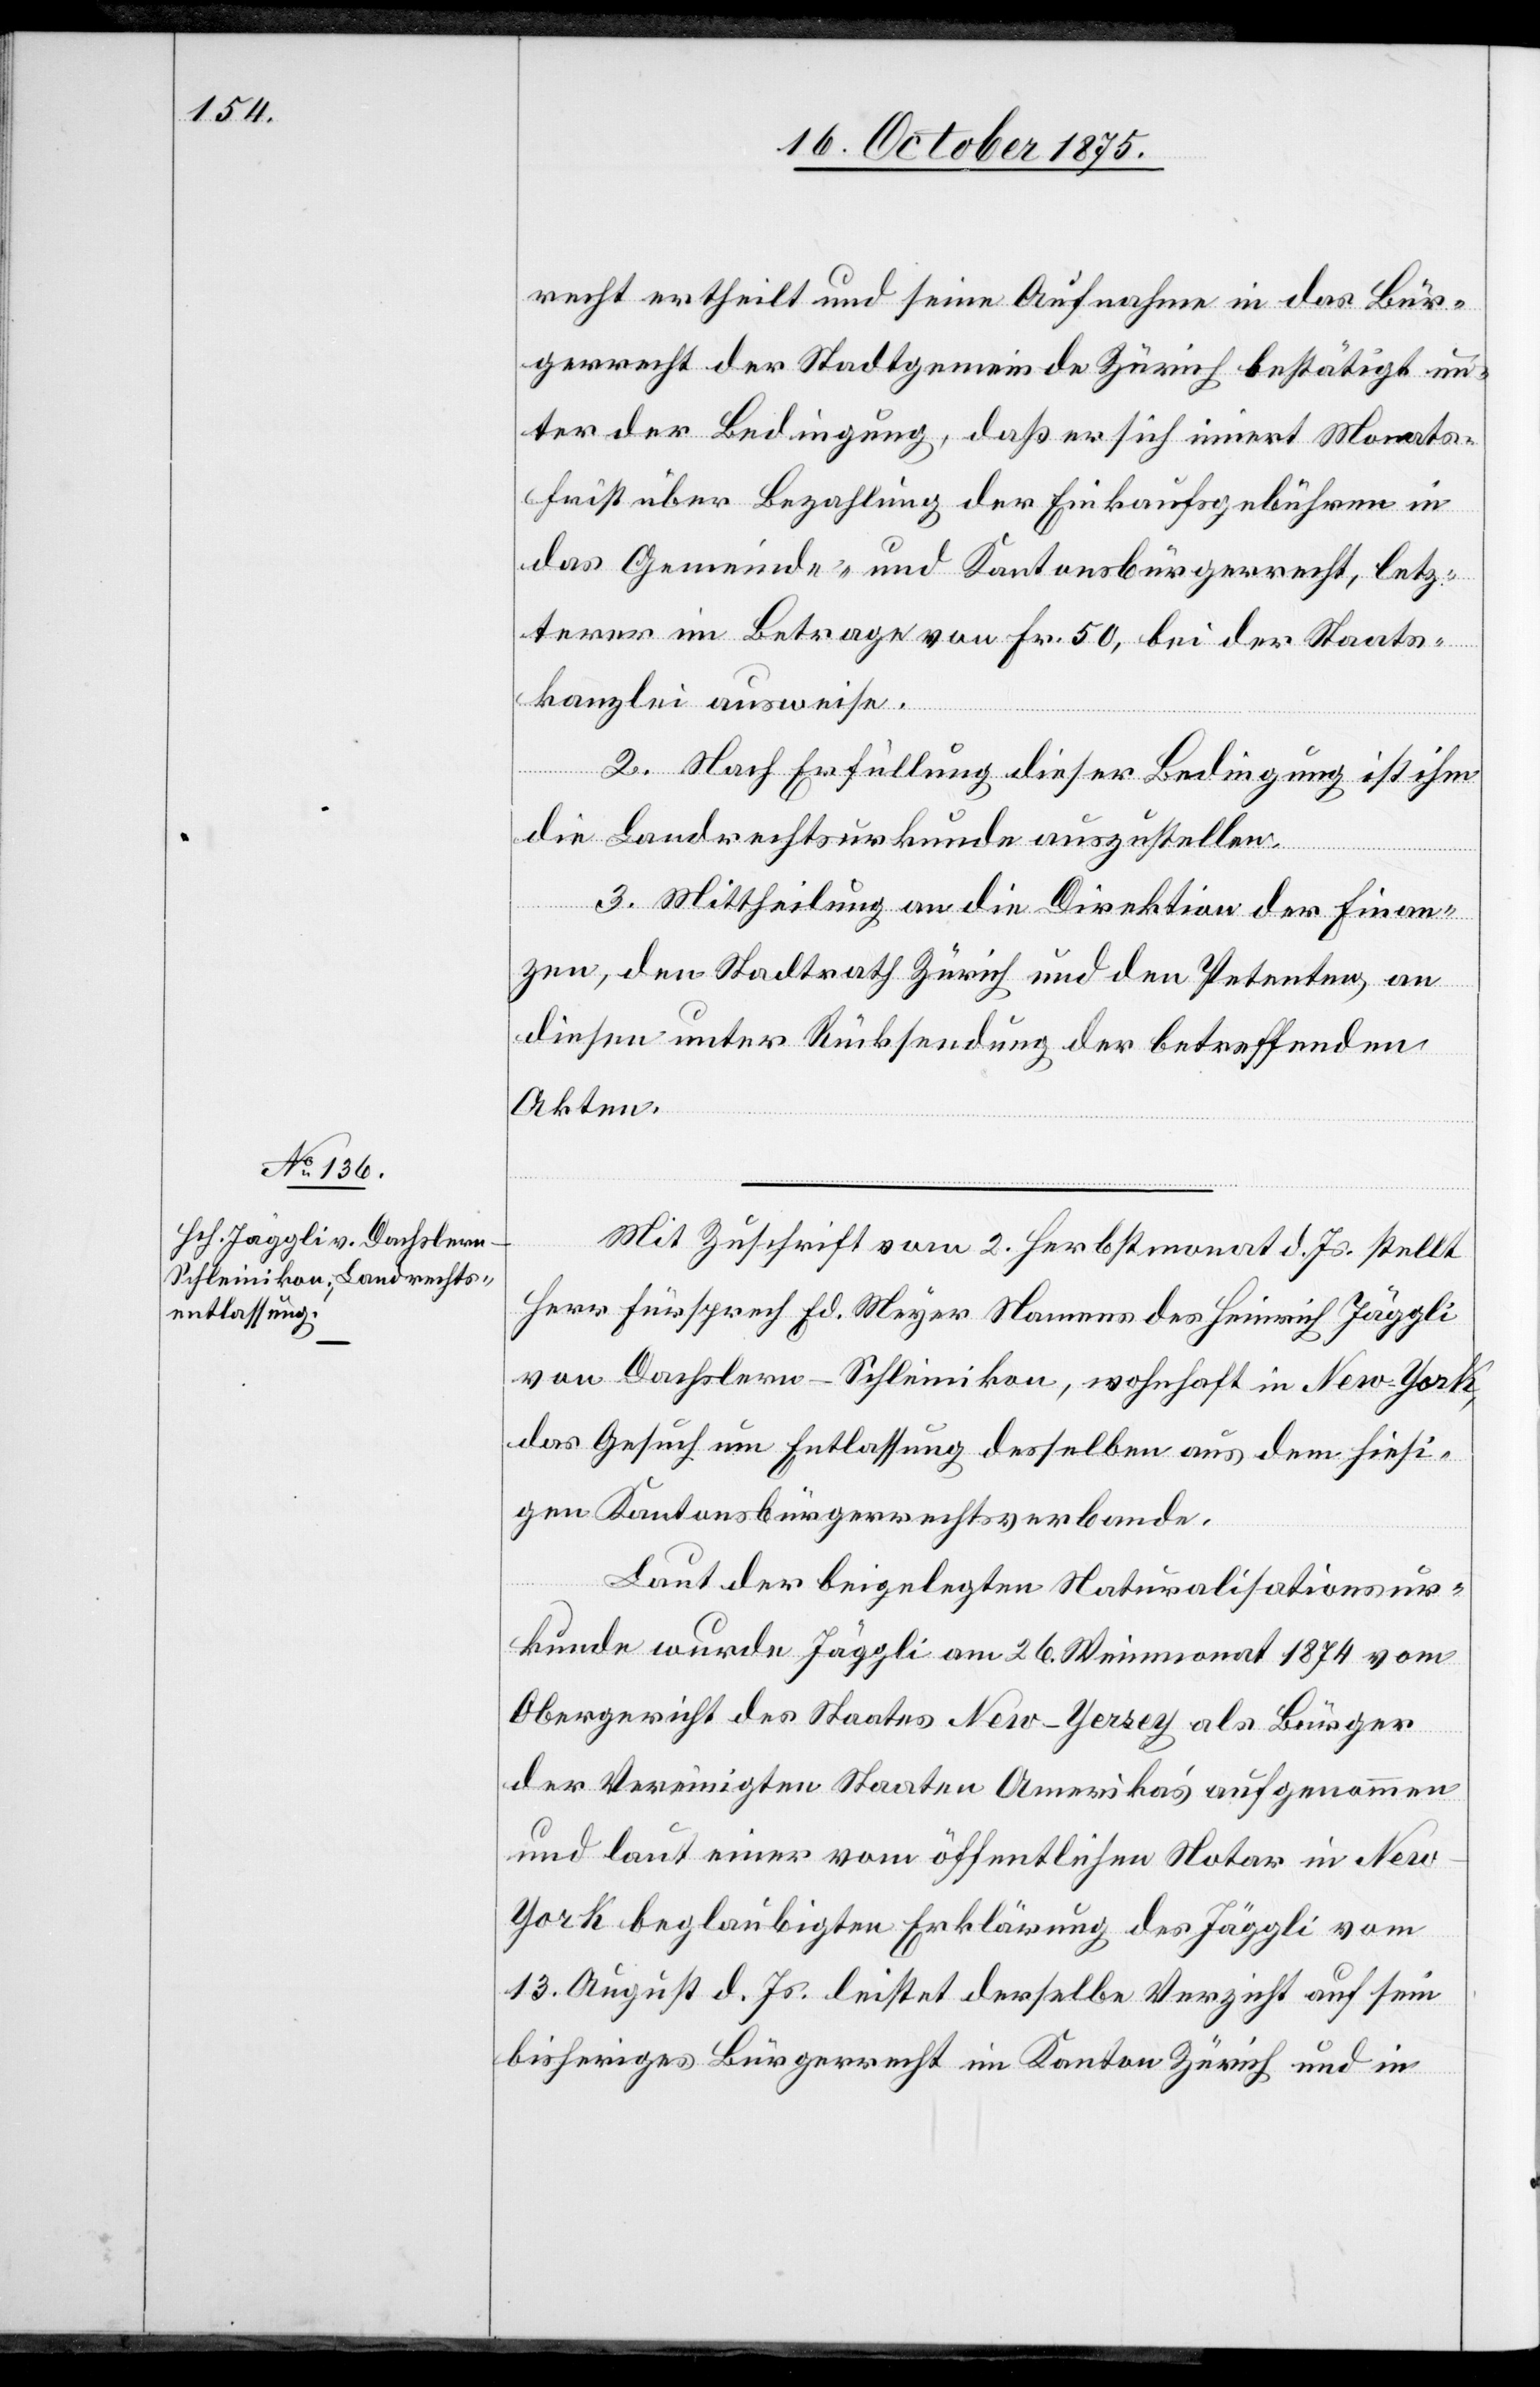
recht ertheilt und seine Aufnahme in das Bür¬
gerrecht der Stadtgemeinde Zürich bestätigt un¬
ter der Bedingung, daß er sich innert Monats¬
frist über Bezahlung der Einkaufsgebühren in
das Gemeinde- und Kantonsbürgerrecht, letz¬
terer im Betrage von Fr. 50, bei der Staats¬
kanzlei ausweise.
2. Nach Erfüllung dieser Bedingung ist ihm
die Landrechtsurkunde auszustellen.
3. Mittheilung an die Direktion der Finan¬
zen, den Stadtrath Zürich und den Petenten, an
diesen unter Rücksendung der betreffenden
Akten.
Mit Zuschrift vom 2. Herbstmonat d. Js. stellt
Herr Fürsprech Ed. Meyer Namens des Heinrich Jäggli
von Dachslern - Schleinikon, wohnhaft in New-York,
das Gesuch um Entlassung desselben aus dem hiesi¬
gen Kantonsbürgerrechtsverbande.
Laut der beigelegten Naturalisationsur¬
kunde wurde Jäggli am 26. Weinmonat 1874 vom
Obergericht des Staates New-Yersey als Bürger
der Vereinigten Staaten Amerika’s aufgenommen
und laut einer vom öffentlichen Notar in Ne¬
w-York beglaubigten Erklärung des Jäggli vom
13. August d. Js. leistet derselbe Verzicht auf sein
bisheriges Bürgerrecht im Kanton Zürich und in